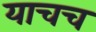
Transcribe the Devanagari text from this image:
याचच